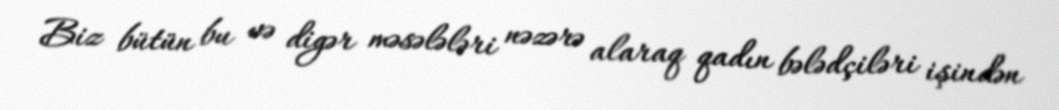
Biz bütün bu və digər məsələləri nəzərə alaraq qadın bələdçiləri işindən